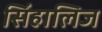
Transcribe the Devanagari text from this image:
सिंहालिज